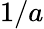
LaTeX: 1/a